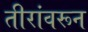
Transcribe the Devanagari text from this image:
तीरांवरून